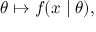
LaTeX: \theta \mapsto f ( x \mid \theta ) ,